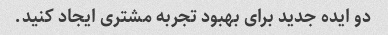
دو ایده جدید برای بهبود تجربه مشتری ایجاد کنید.